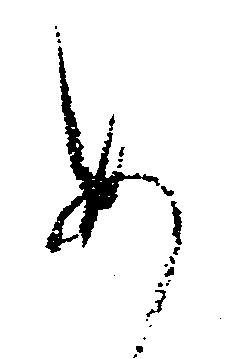
あ